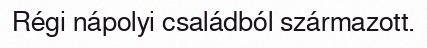
Régi nápolyi családból származott.